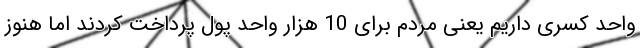
واحد کسری داریم یعنی مردم برای 10 هزار واحد پول پرداخت کردند اما هنوز